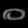
Digit: ၀